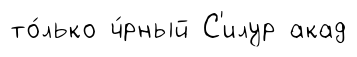
то́лько ч́рный С'илур акад